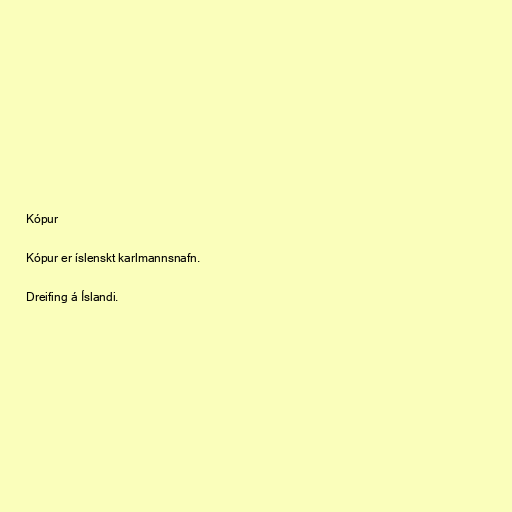
Kópur

Kópur er íslenskt karlmannsnafn.

Dreifing á Íslandi.